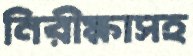
নিরীক্ষাসহ